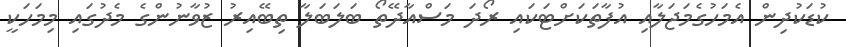
ކުޑަކުދިން އެމަހުގެމަޖަލާއި އުފާތަކަށްޓަކައި ރޯދަ މަސްއާދޭތޯ ބަލަބަލާ ތިބޭއިރު ޒުވާނުންގެ މެދުގައި މިމަހަކީ